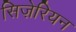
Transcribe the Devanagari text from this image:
सिज़ेरियन